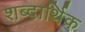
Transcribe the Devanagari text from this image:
शब्दार्थिक